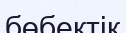
бөбектік